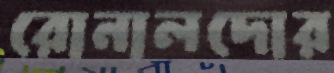
রোনালদোর